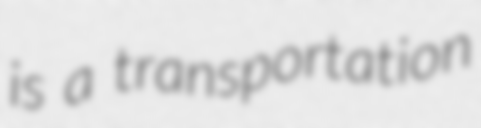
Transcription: is a transportation